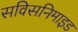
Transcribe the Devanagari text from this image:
सविसनिमाइड